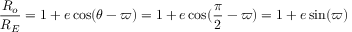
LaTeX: { \frac { R _ { o } } { R _ { E } } } = 1 + e \cos ( \theta - \varpi ) = 1 + e \cos ( { \frac { \pi } { 2 } } - \varpi ) = 1 + e \sin ( \varpi )